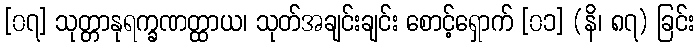
[၀၇] သုတ္တာနုရက္ခဏတ္ထာယ၊ သုတ်အချင်းချင်း စောင့်ရှောက် [၀၁] (နိ၊ ၈၇) ခြင်း